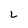
Character: L